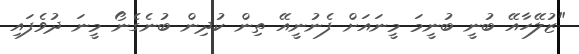
"ޒުލޭހާއޭ ބުނީ ބުނީމަ މީނައަށް ފެނުނީއޭ ތިން ކުދިން ބުނެގެނޯ މީނަ ދުވެފައި